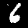
Digit: 6